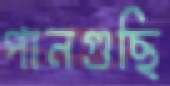
পানগুছি